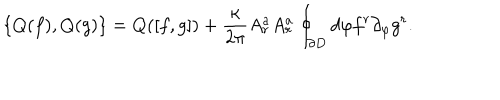
\{ Q ( f ) , Q ( g ) \} = Q ( [ f , g ] ) + \frac { \kappa } { 2 \pi } A _ { r } ^ { a } A _ { r } ^ { a } \oint _ { \partial D } d \varphi f ^ { r } \partial _ { \varphi } g ^ { r } .